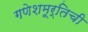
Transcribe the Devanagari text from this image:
गणेशमूर्तिची